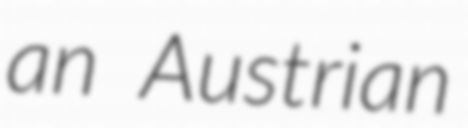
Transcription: an Austrian